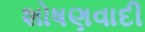
શોષણવાદી